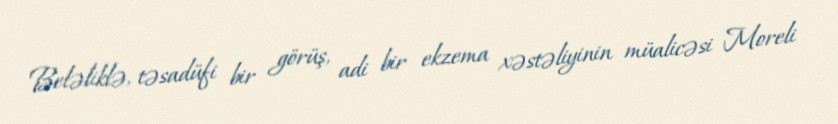
Beləliklə, təsadüfi bir görüş, adi bir ekzema xəstəliyinin müalicəsi Moreli